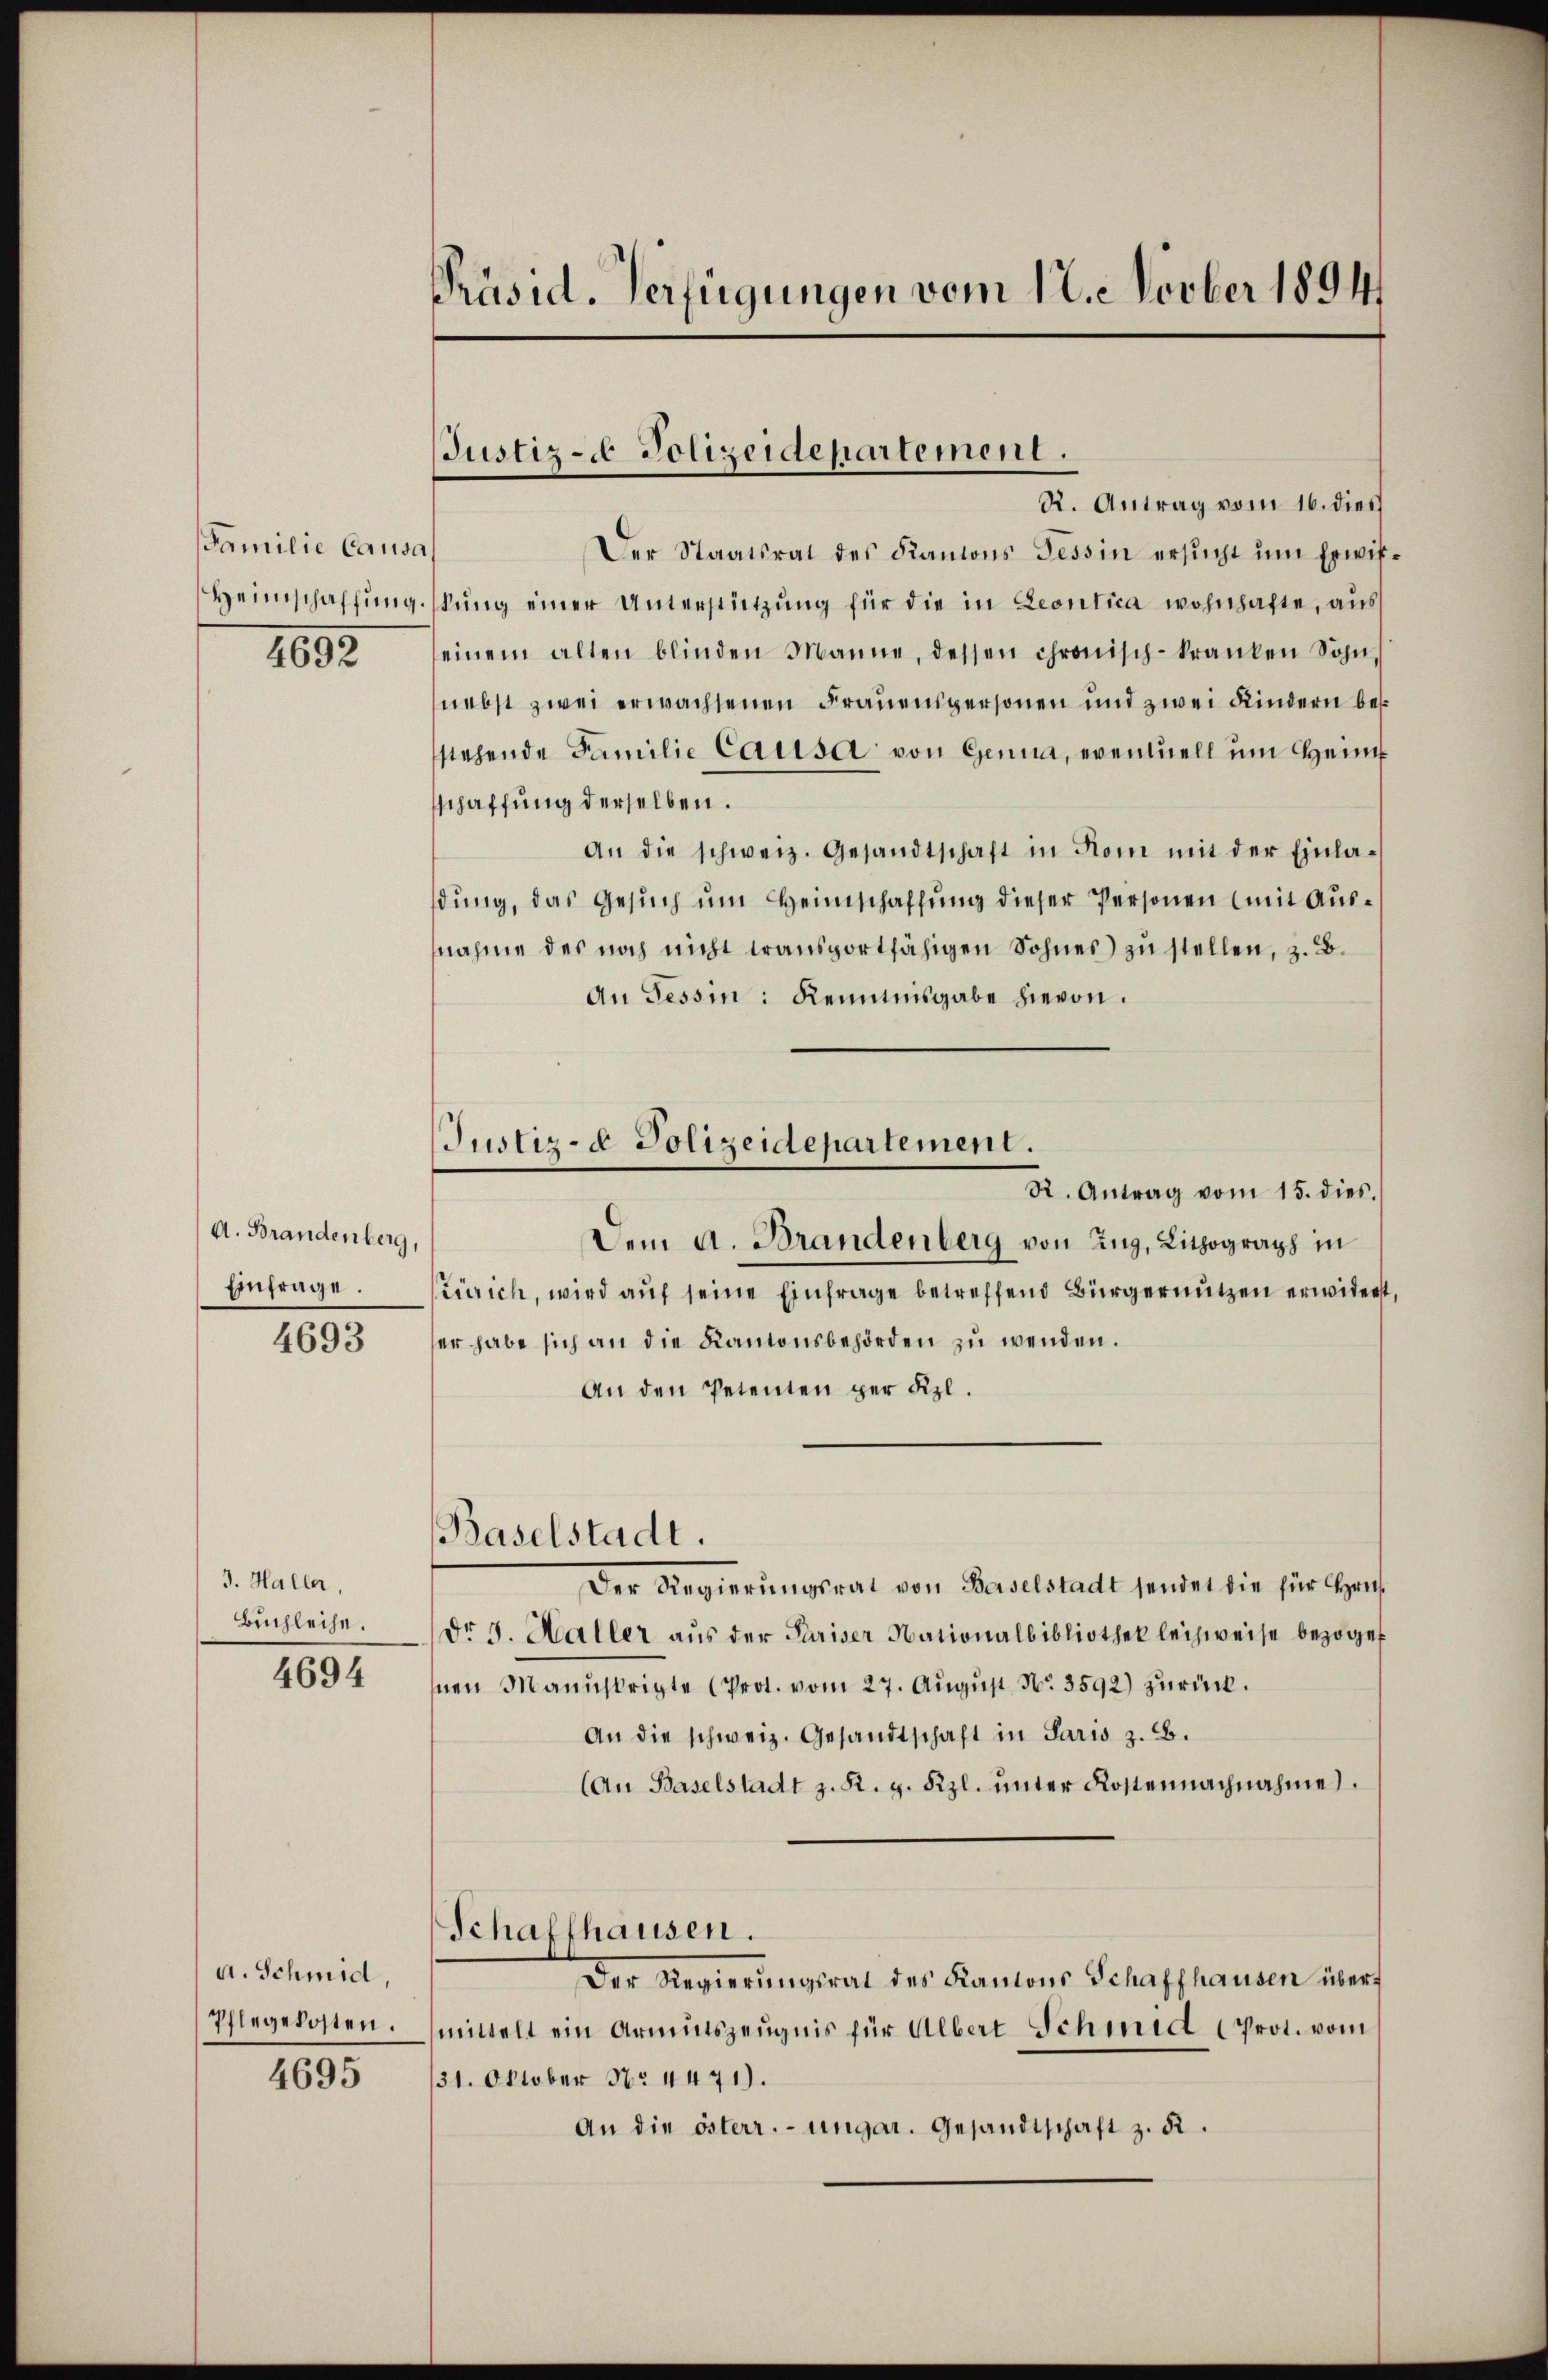
Familie Causa
1693

A. Brandenberg,
Einfrage.

3. Haller,
Buchleihe.
4694

4693

a. Schmid,
Pflegekosten.

4695

Präsid. Verfügungen vom 12. Novber 1894

Justiz- Polizeidepartement.

R. Antrag vom 16. dies
Der Staatsrat des Kantons Tessin ersŭcht ŭm Erwit¬
Heimschaffŭngsŭng einer Unterstützŭng für die in Leontica wohnhafte, aus
einem alten blinden Manne, dessen chronisch-kranken Sohn,
nebst zwei erwachsenen Frauenspersonen und zwei Kindern besstehende Familie Causa von Genua, eventuell um Heim
sschaffung derselben.
An die schweiz. Gesandtschaft in Rom mit der Einladŭng, das Gesŭch ŭm Heimschaffung dieser Personen (mit Ausnahme des noch nicht transportfähigen Sohnes) zu stellen, z. B.
An Tessin: Kenntnisgabe hievon.
R. Antrag vom 15. dies.
Dem a. Brandenberg von Zug, Lithograph in
Zürich, wird auf seine Einfrage betreffend Bürgernutzen erwidert,
er habe sich an die Kantonsbehörden zu wenden.
An den Petenten per Fizl.
Baselstadt.
Der Regierŭngsrat von Baselstadt sendet die für Hrn.
dr 3. Haller aus der Pariser Nationalbibliothek leihweise bezoge
hnen Manuskripte (Prot. vom 27. August No. 3592) zurück.
An die schweiz. Gesandtschaft in Paris z. B.
(An Baselstadt z. R. g. Kzl. ŭnter Kostennachnahme.
Schaffhausen.
Der Regierŭngsrat des Kantons Schaffhausen übermittelt ein Armutszeugnis für Albert Schmid (Prot. vom
31. Oktober Nr 4471).
An die österr.-ungar. Gesandtschaft z. R.

Justiz- & Polizeidepartement.